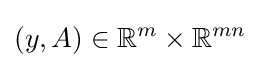
(y,A)\in \mathbb {R} ^{m}\times \mathbb {R} ^{mn}